Annual report of the Punjab Veterinary College and of the Civil Veterinary Department, Punjab - 1909-1919
Year: 1909
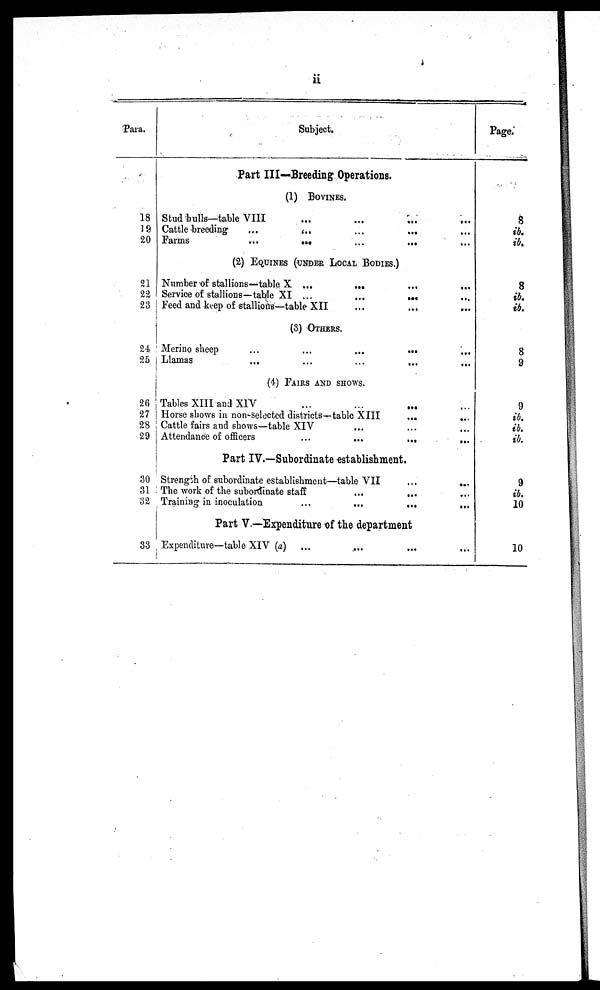
ii
Para.
18
19
20
21
22
23
24
25
26
27
28
29
30
31
32
33
Subject.
Part III—Breeding Operations.
(1) BOVINES.
Stud hulls—table VIII ... ... ... ...
Cattle breeding ... ... ... ... ...
Farms
...
...
...
...
(2) EQUINES (UNDER LOCAL BODIES.)
Number of stallions—table X ...
...
...
...
Service of stallions—table XI ...
...
...
Feed and keep of stallions—table XII
(3) OTHER.
Merino sheep
...
...
...
...
Llamas ... ... ... ... ...
(4) FAIRS AND SHOWS.
Tables XIII and XIV ... ... ... ...
Horse shows in non-selected districts—table XIII
...
...
Cattle fairs and shows—table XIV ... ... ...
Attendance of officers
...
...
...
...
Part IV.—Subordinate establishment.
Strength of subordinate establishment—table VII
...
...
The work of the subordinate staff
...
...
Training in inoculation
...
...
...
...
Part V.—Expenditure of the department
Expenditure—table XIV (a) ... ... ... ...
Page.
8
ib.
ib.
8
ib.
ib.
8
9
9
ib.
ib.
ib.
9
ib.
10
10